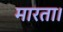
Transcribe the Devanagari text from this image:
मारता।